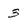
Character: 3